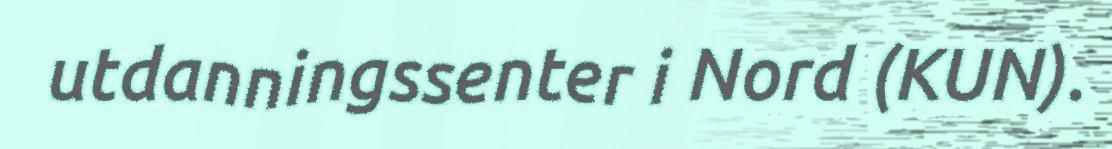
utdanningssenter i Nord (KUN).